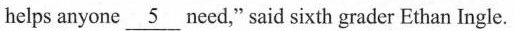
helps anyone_ 5need," said sixth grader Ethan Ingle.